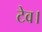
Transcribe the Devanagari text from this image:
टेव।